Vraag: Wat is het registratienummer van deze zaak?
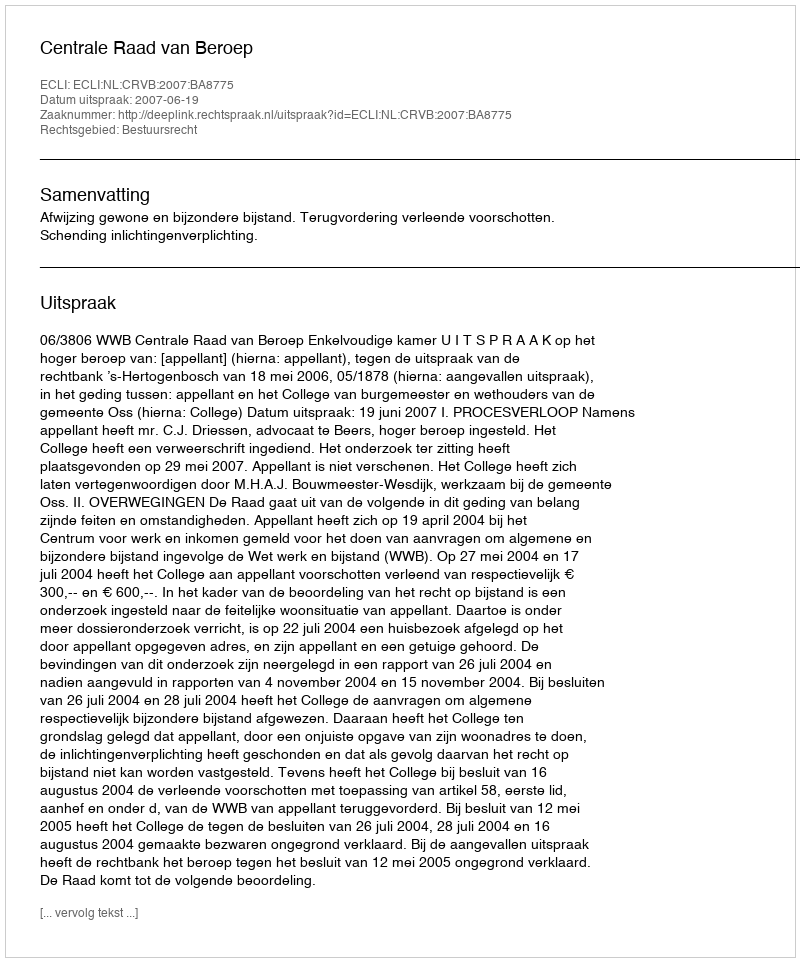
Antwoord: http://deeplink.rechtspraak.nl/uitspraak?id=ECLI:NL:CRVB:2007:BA8775